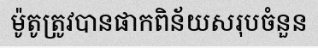
ម៉ូតូត្រូវបានផាកពិន័យសរុបចំនួន